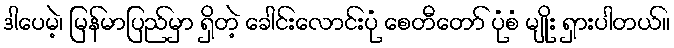
ဒါပေမဲ့၊ မြန်မာပြည်မှာ ရှိတဲ့ ခေါင်းလောင်းပုံ စေတီတော် ပုံစံ မျိုး ရှားပါတယ်။